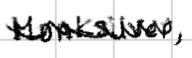
Text: Monksilver,
Cross-out: zig-zag
Writing tool: digital_black